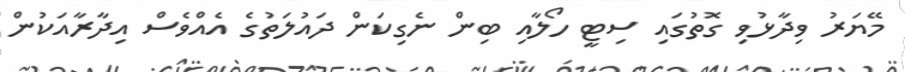
މޭޔަރު ވިދާޅުވި ގޮތުގައި ސިޓީ ހޯލާއި ބިން ނެގިކަން ދައުލަތުގެ އެއްވެސް އިދާރާއަކުން